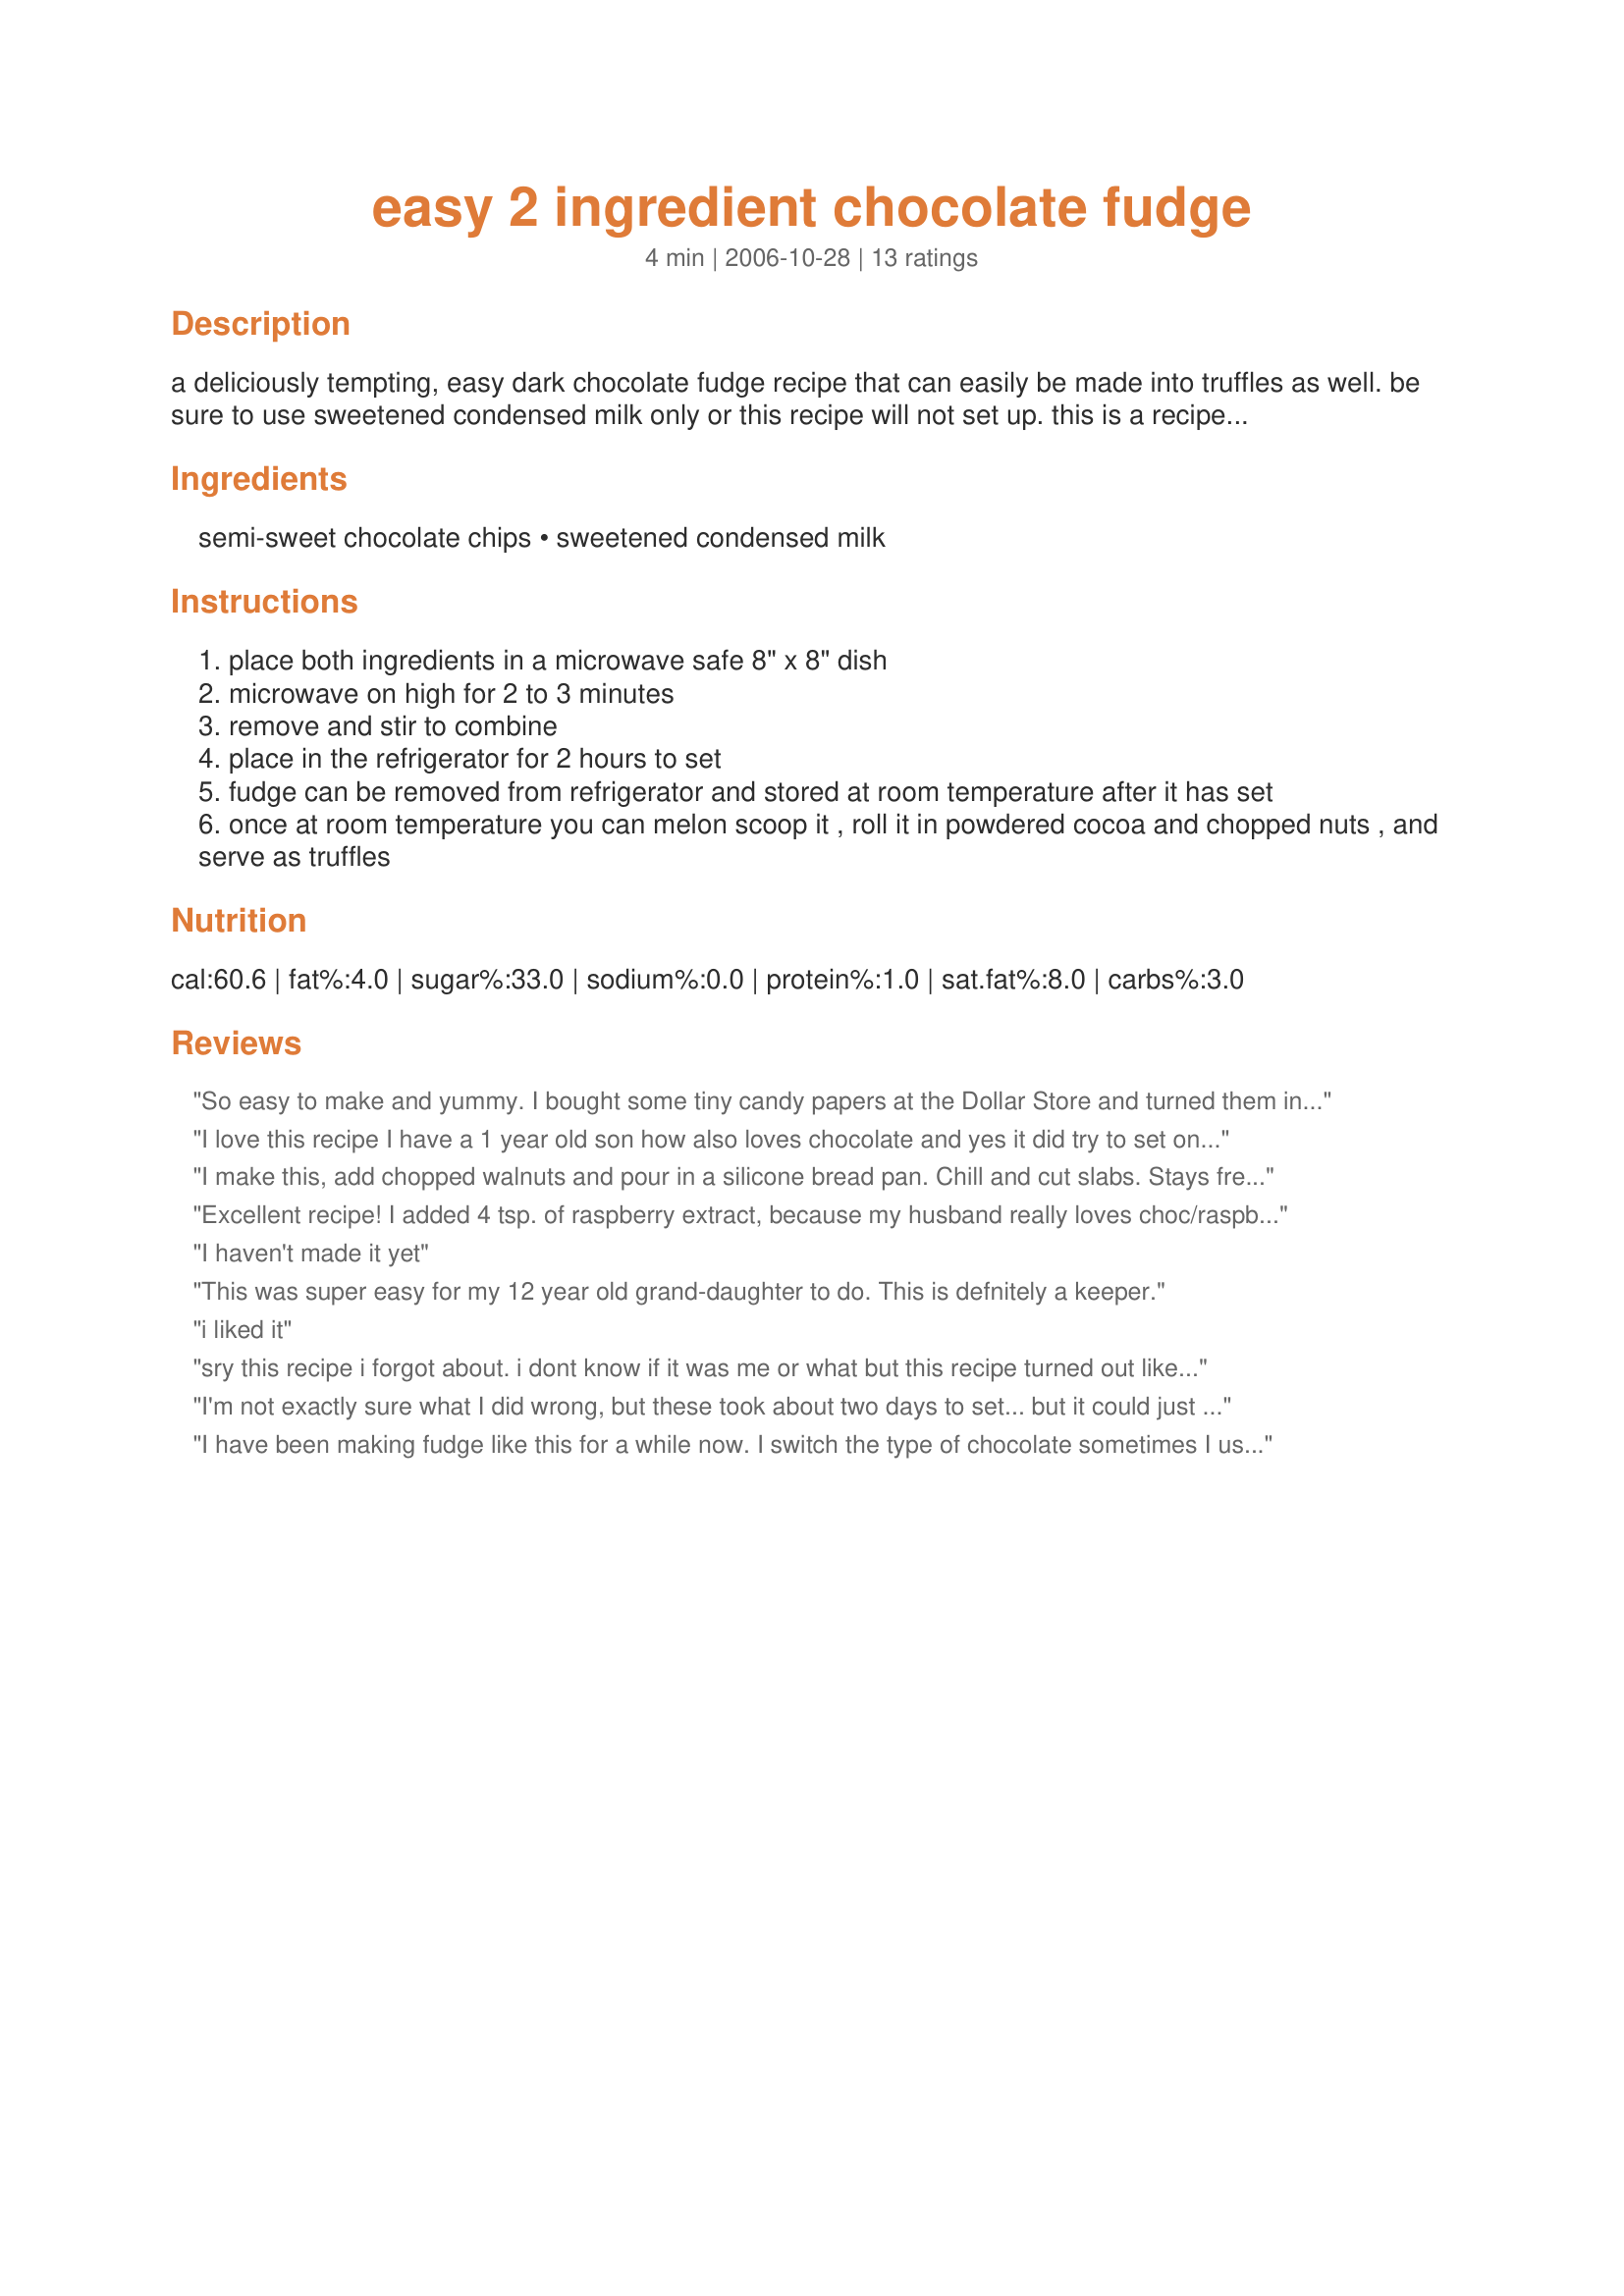
easy 2 ingredient chocolate fudge
Preparation time: 4 minutes

a deliciously tempting, easy dark chocolate fudge recipe that can easily be made into truffles as well. be sure to use sweetened condensed milk only or this recipe will not set up. this is a recipe that was tested in a test kitchen before being published by good housekeeping magazine. i have been using it since 1990 without fail.

Ingredients:
semi-sweet chocolate chips, sweetened condensed milk

Steps:
place both ingredients in a microwave safe 8" x 8" dish
microwave on high for 2 to 3 minutes
remove and stir to combine
place in the refrigerator for 2 hours to set
fudge can be removed from refrigerator and stored at room temperature after it has set
once at room temperature you can melon scoop it , roll it in powdered cocoa and chopped nuts , and serve as truffles

Reviews:
So easy to make and yummy. I bought some tiny candy papers at the Dollar Store and turned them into truffles by rolling some into sifted cocoa and some into finely chopped nuts. Also bought a pretty box at the dollar store, separated each layer of truffles with parchment paper, and gave them as a gift to a candy loving friend.
I love this recipe I have a 1 year old son how also loves chocolate and yes it did try to set on me w before I put it into the wax paper lined pan, but I did the recipe as stated and it looks good. If it starts setting on you microwave for 10 seconds for it to soften up a little bit.
I make this, add chopped walnuts and pour in a silicone bread pan. Chill and cut slabs. Stays fresher! FYI...mini chips melt quicker. I only nuke for 30seconds...stir and do another 15 seconds in microwave. Stays creamier.
Excellent recipe! I added 4 tsp. of raspberry extract, because my husband really loves choc/raspberry flavors together. :)
I haven't made it yet
This was super easy for my 12 year old grand-daughter to do. This is defnitely a keeper.
i liked it
sry this recipe i forgot about. i dont know if it was me or what but this recipe turned out like frosting it made bad fudge but i used the fudge for frosting on top of double chocolate oreo cookie
I'm not exactly sure what I did wrong, but these took about two days to set... but it could just be that I misunderstood the directions. I left them in the fridge for two days, then when I thought they were never going to set I took them out with the intention of throwing them away. I came back a couple of hours later and they had set. I was then able to roll them in to balls and in cocoa and make delicious truffles. I'll try them again at some point as MAKING them was exceptionally easy and they were really tasty. Just have to figure out how to get them to set properly! Thanks for a lovely, versatile and tasty recipe!
I have been making fudge like this for a while now. I switch the type of chocolate sometimes I use milk chocolate chips or dark chocolate. it just depends on the mood I'm in. I have found that I need to keep it refrigerated or it gets soft. I love fudge made like this.
OK- adding another star because people are flipping out over these yummy truffles. :) This is REALLY easy. REALLY REALLY easy and tastes like a lot more effort than it really is. I am hoping my book club enjoys them. They look good and taste good to me. I'll probably experiment with this using some of the new chip varieties out there. Thanks for sharing! 

Excellent fudge considering the ease and cost of ingredients!!! Making this year tomgive out as our school office gifts. We are giving to 24 people and 4 batches will do it! cutting by the 1/4 lb and putting in bags into cute little Xmas boxes. Thanks for this easy recipe that my entire family loved when I tried it before deciding to use it for little gifts!
The fudge is delish, however the instructions need tweaking! I followed the recipe exactly, and now I have a wonderful pan of fudge...that I can't get out of the glass dish! When making this, put your ingredients into a microwave safe glass container, like a bowl, follow the directions, then pour into an 8x8 BUTTERED glass dish. Otherwise you end up with a nice pan of fudge that won't come out of the pan! I cooked mine for 3 minutes in an 1100 watt microwave, and it was setting up before I got it into the refrigerator. Like I said, a wonderful recipe...just don't do it all in the 8X8 pan!
